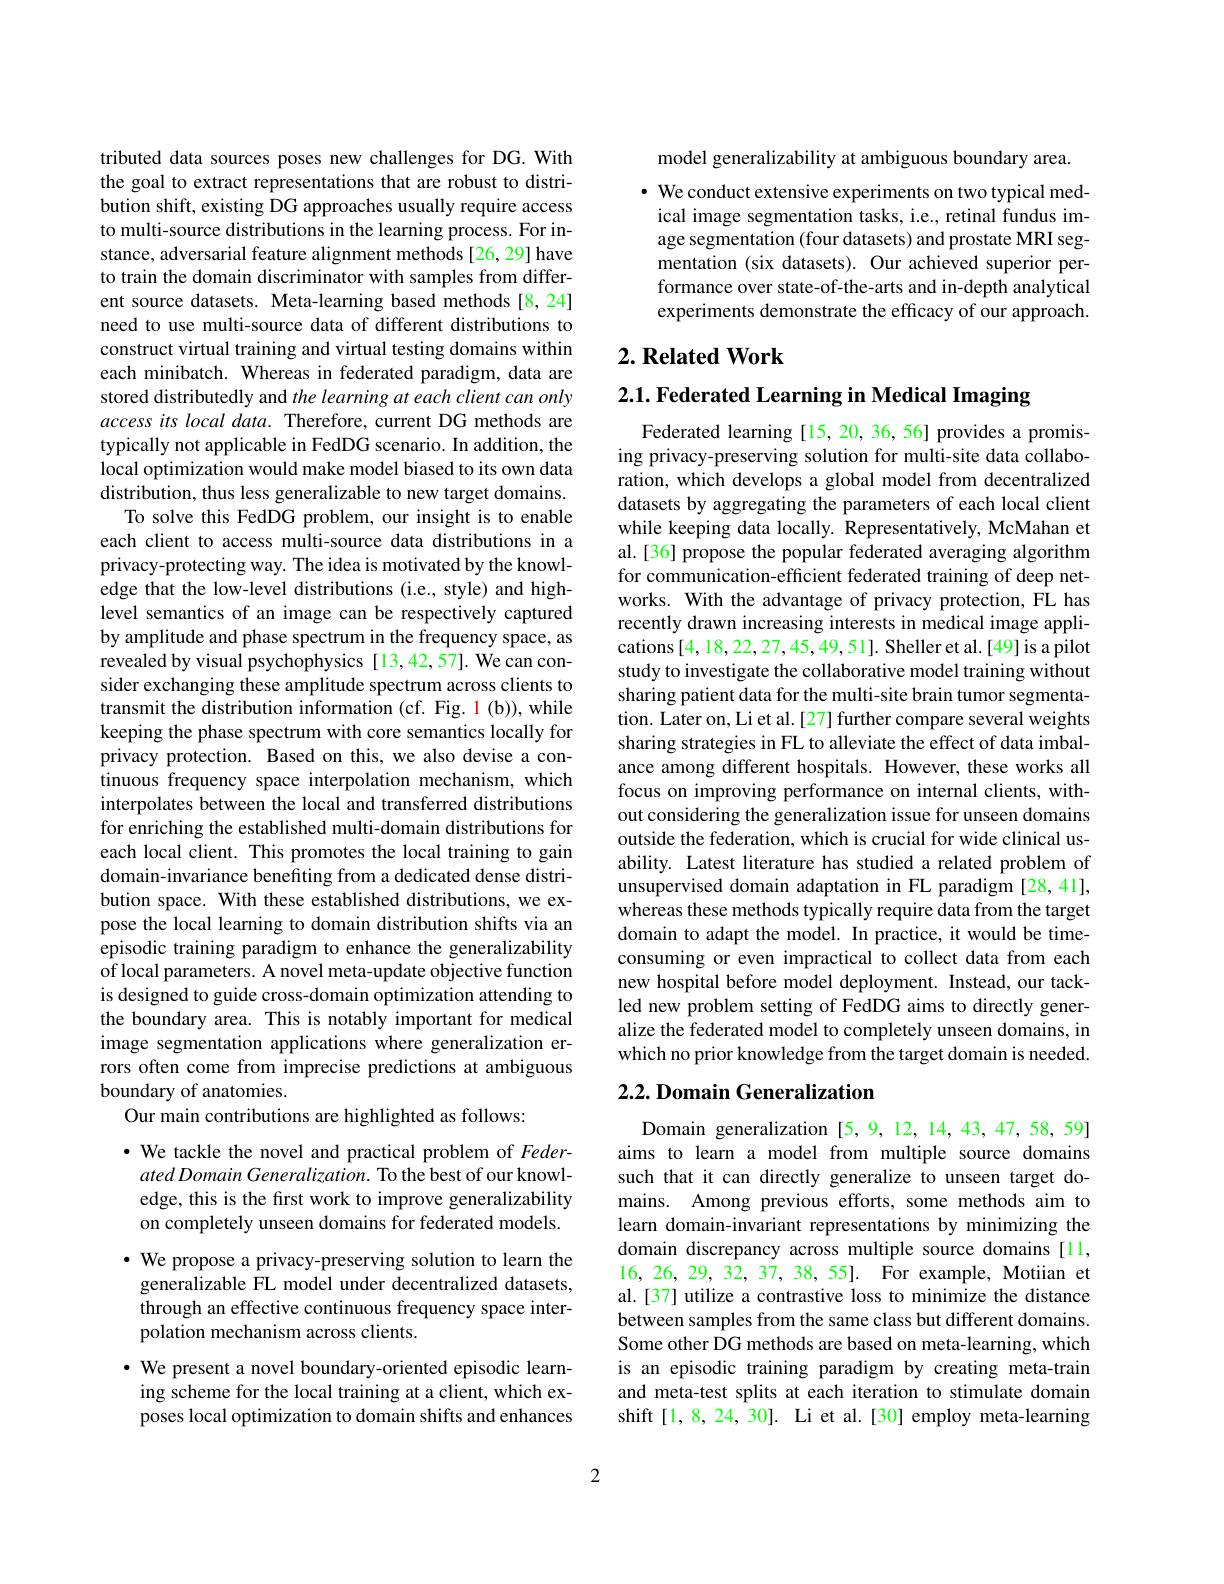
tributed data sources poses new challenges for DG. With the goal to extract representations that are robust to distribution shift, existing DG approaches usually require access to multi-source distributions in the learning process. For instance, adversarial feature alignment methods [26,29] have to train the domain discriminator with samples from different source datasets. Meta-learning based methods [8,24] need to use multi-source data of different distributions to construct virtual training and virtual testing domains within each minibatch. Whereas in federated paradigm, data are stored distributedly and the learning at each client can only access its local data. Therefore, current DG methods are typically not applicable in FedDG scenario. In addition, the local optimization would make model biased to its own data distribution, thus less generalizable to new target domains.
To solve this FedDG problem, our insight is to enable each client to access multi-source data distributions in a privacy-protecting way. The idea is motivated by the knowledge that the low-level distributions (i.e., style) and highlevel semantics of an image can be respectively captured by amplitude and phase spectrum in the frequency space, as revealed by visual psychophysics [13,42,57]. We can consider exchanging these amplitude spectrum across clients to transmit the distribution information (cf. Fig. 1(b)), while keeping the phase spectrum with core semantics locally for privacy protection. Based on this, we also devise a continuous frequency space interpolation mechanism, which interpolates between the local and transferred distributions for enriching the established multi-domain distributions for each local client. This promotes the local training to gain domain-invariance benefiting from a dedicated dense distribution space. With these established distributions, we expose the local learning to domain distribution shifts via an episodic training paradigm to enhance the generalizability of local parameters. A novel meta-update objective function is designed to guide cross-domain optimization attending to the boundary area. This is notably important for medical image segmentation applications where generalization errors often come from imprecise predictions at ambiguous boundary of anatomies.
Our main contributions are highlighted as follows:

· We tackle the novel and practical problem of Feder-
ated Domain Generalization. To the best of our knowledge, this is the first work to improve generalizability on completely unseen domains for federated models.

$\bullet$ We propose a privacy-preserving solution to learn the
generalizable FL model under decentralized datasets, through an effective continuous frequency space interpolation mechanism across clients.
$\cdot$ We present a novel boundary-oriented episodic learning scheme for the local training at a client, which exposes local optimization to domain shifts and enhances

model generalizability at ambiguous boundary area.

· We conduct extensive experiments on two typical medical image segmentation tasks, i.e., retinal fundus image segmentation (four datasets) and prostate MRI segmentation (six datasets). Our achieved superior performance over state-of-the-arts and in-depth analytical experiments demonstrate the efficacy of our approach.

## $2. \textbf{Related Work}$

2.1. Federated Learning in Medical Imaging

Federated learning [15,20,36,56] provides a promising privacy-preserving solution for multi-site data collaboration, which develops a global model from decentralized datasets by aggregating the parameters of each local client while keeping data locally. Representatively, McMahan et al. [36] propose the popular federated averaging algorithm for communication-efficient federated training of deep networks. With the advantage of privacy protection, FL has recently drawn increasing interests in medical image applications [4,18,22,27,45,49,51]. Sheller et al.[49] is a pilot study to investigate the collaborative model training without sharing patient data for the multi-site brain tumor segmentation. Later on, Li et al. [27] further compare several weights sharing strategies in FL to alleviate the effect of data imbalance among different hospitals. However, these works all focus on improving performance on internal clients, without considering the generalization issue for unseen domains outside the federation, which is crucial for wide clinical usability. Latest literature has studied a related problem of unsupervised domain adaptation in FL paradigm [28,41], $\hat{\text{whereas these methods typically require data from the target}}$ domain to adapt the model. In practice, it would be timeconsuming or even impractical to collect data from each new hospital before model deployment. Instead, our tackled new problem setting of FedDG aims to directly generalize the federated model to completely unseen domains, in which no prior knowledge from the target domain is needed.

## 2.2. Domain Generalization

Domain generalization [5,9,12,14,43,47,58,59] aims to learn a model from multiple source domains such that it can directly generalize to unseen target domains. Among previous efforts, some methods aim to learn domain-invariant representations by minimizing the domain discrepancy across multiple source domains[11, 16,26,29,32,37,38,55]. For example, Motiian et al.[37] utilize a contrastive loss to minimize the distance between samples from the same class but different domains. Some other DG methods are based on meta-learning, which is an episodic training paradigm by creating meta-train and meta-test splits at each iteration to stimulate domain shift[1,8,24,30]. Li et al.[30] employ meta-learning

2